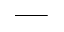
\_